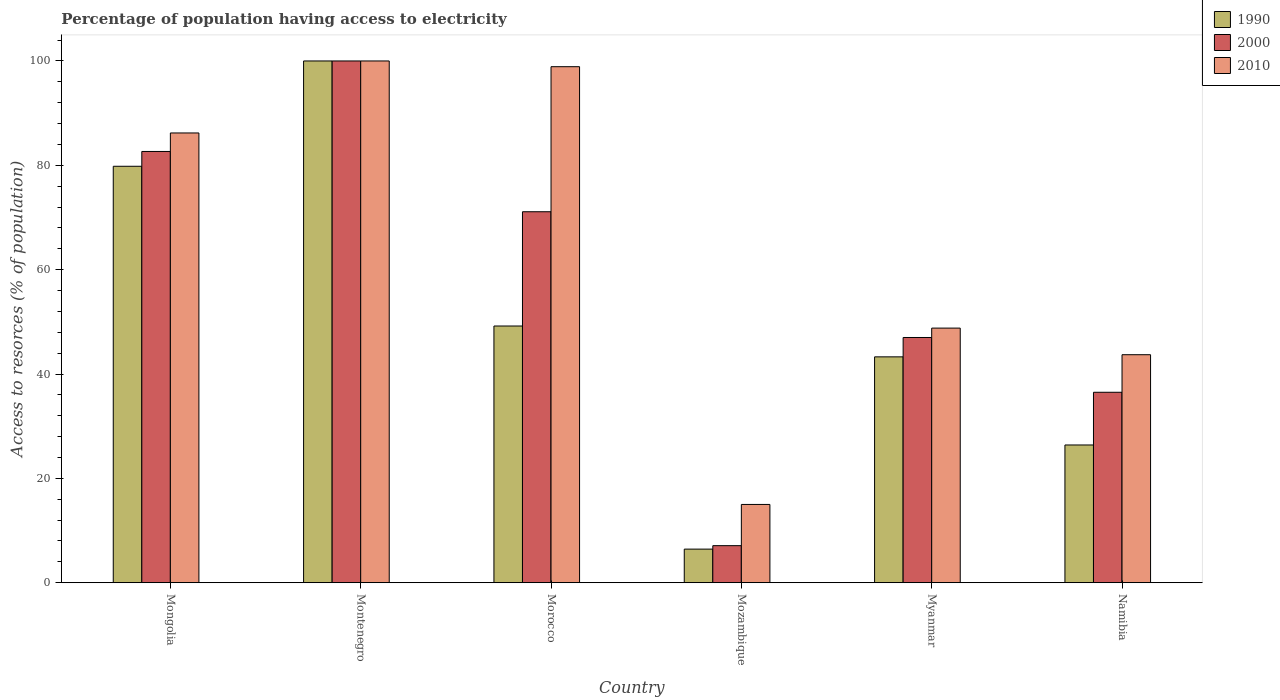
| Country | 1990 | 2000 | 2010 |
 | --- | --- | --- | --- |
 | Mongolia | 79.8 | 82.7 | 86.2 |
 | Montenegro | 100 | 100 | 100 |
 | Morocco | 49.2 | 71.1 | 98.9 |
 | Mozambique | 6.44 | 7.1 | 15 |
 | Myanmar | 43.3 | 47 | 48.8 |
 | Namibia | 26.4 | 36.5 | 43.7 |